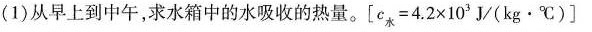
(1)从早上到中午，求水箱中的水吸收的热量。$$[ c = 4 . 2 \times 1 0 ^ { 3 } J / ( k g \cdot ℃ ) ]$$